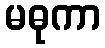
မဓုကာ